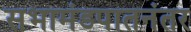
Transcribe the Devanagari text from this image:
सभामंडपातनंतर